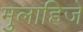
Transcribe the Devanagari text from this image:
मुलाहिजे